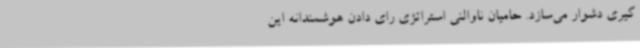
گیری دشوار می‌سازد. حامیان ناوالنی استراتژی رای دادن هوشمندانه این